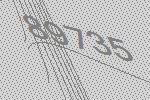
89735